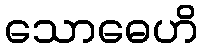
သောဓေဟိ